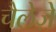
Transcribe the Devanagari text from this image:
चैलेज़े